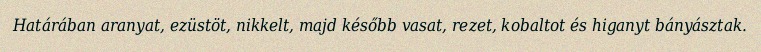
Határában aranyat, ezüstöt, nikkelt, majd később vasat, rezet, kobaltot és higanyt bányásztak.